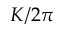
K / 2 \pi